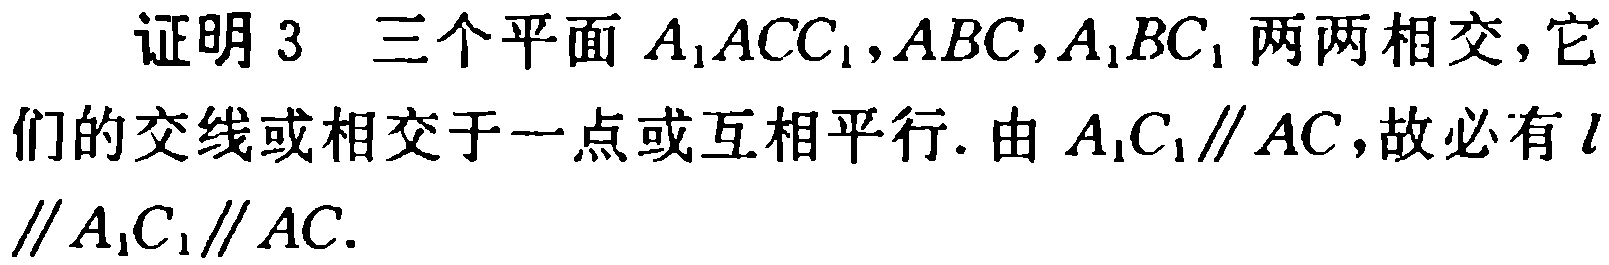
证明3 三个平面\(A_{1}ACC_{1},ABC,A_{1}BC_{1}\)两两相交，它们的交线或相交于一点或互相平行. 由\(A_{1}C_{1}\parallel AC\)，故必有\(l\parallel A_{1}C_{1}\parallel AC\).